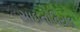
સાઇનોવિયલ